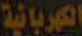
الكهربائية